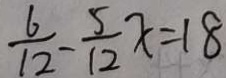
\frac { 6 } { 1 2 } - \frac { 5 } { 1 2 } x = 1 8